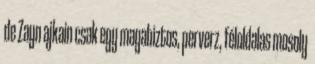
de Zayn ajkain csak egy magabiztos, perverz, féloldalas mosoly